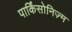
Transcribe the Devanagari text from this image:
पार्किंसोनिज़्म